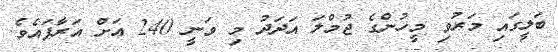
ބަލީގައި މަރުވި މީހުންގެ ޖުމްލަ އަދަދު މި ވަނީ 240 އަށް އަރާފައެވެ.